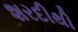
શરદીથી